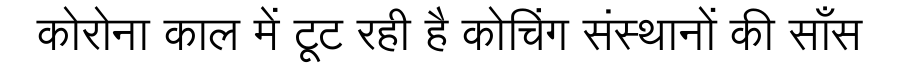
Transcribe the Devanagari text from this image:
कोरोना काल में टूट रही है कोचिंग संस्थानों की साँस